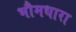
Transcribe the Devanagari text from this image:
भौमधारा